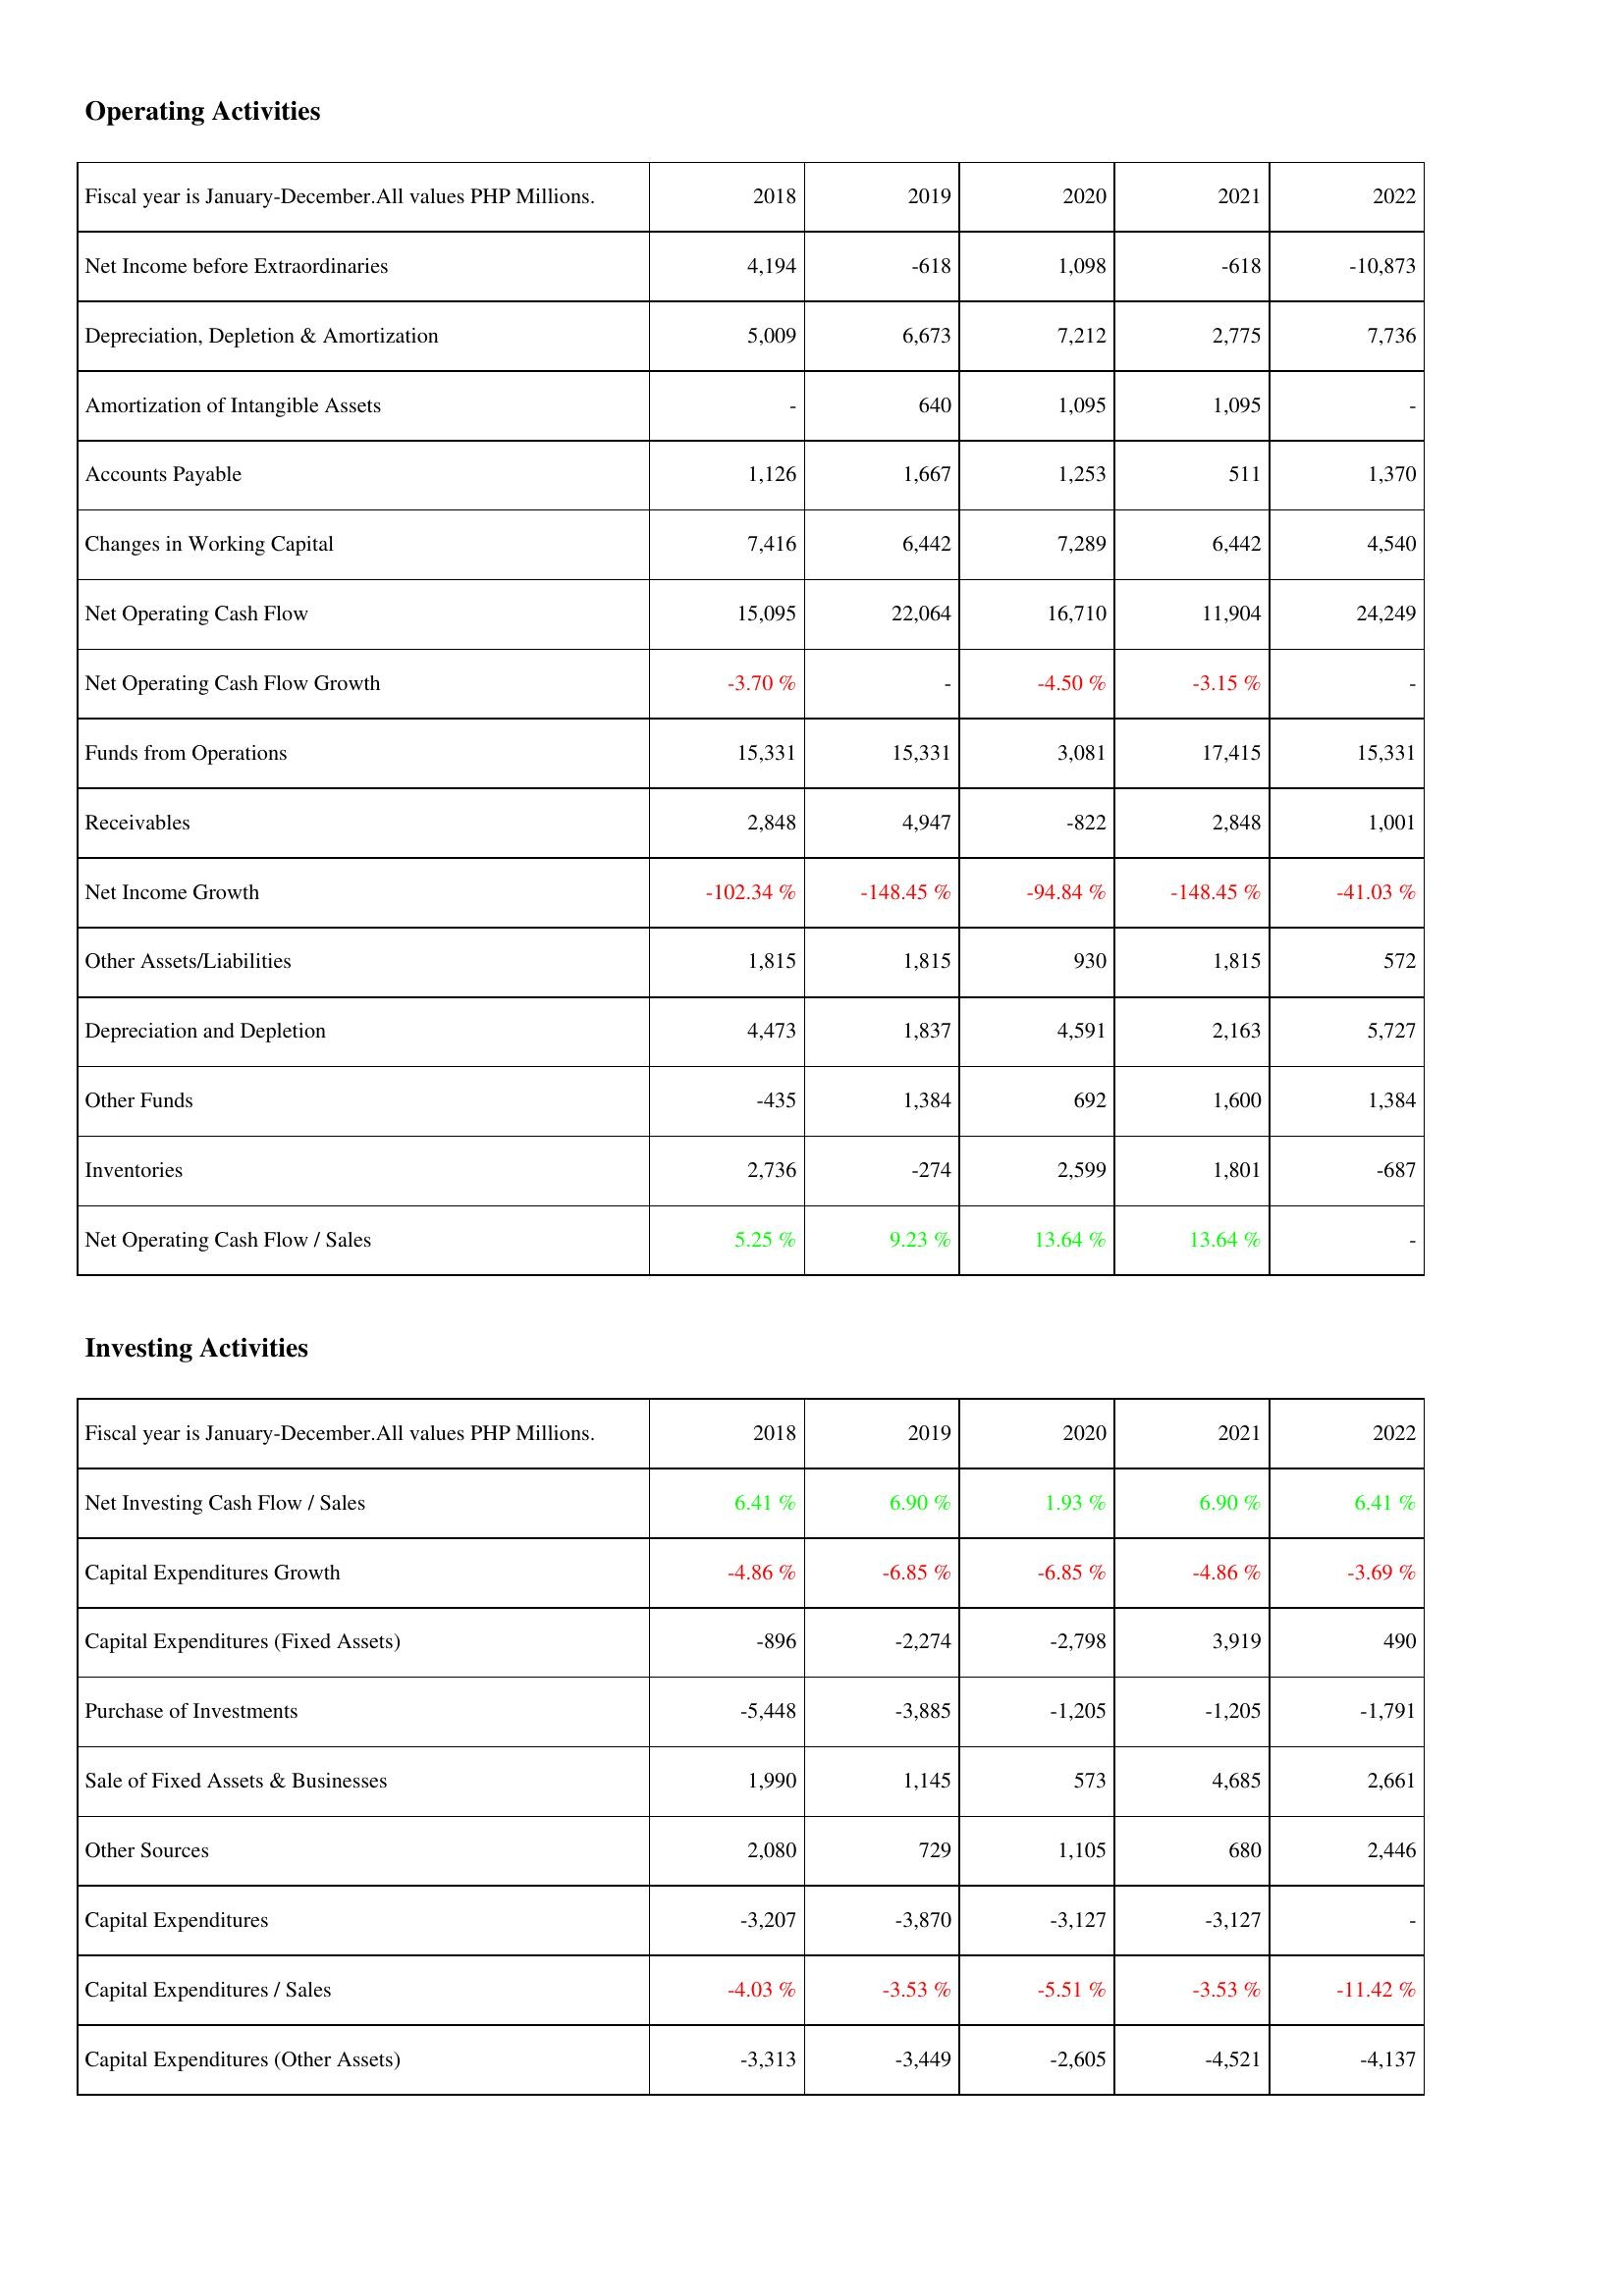
2018: Operating Activities: Net Income before Extraordinaries: 4,194
Depreciation, Depletion & Amortization: 5,009
Amortization of Intangible Assets: -
Accounts Payable: 1,126
Changes in Working Capital: 7,416
Net Operating Cash Flow: 15,095
Net Operating Cash Flow Growth: -3.70 %
Funds from Operations: 15,331
Receivables: 2,848
Net Income Growth: -102.34 %
Other Assets/Liabilities: 1,815
Depreciation and Depletion: 4,473
Other Funds: -435
Inventories: 2,736
Net Operating Cash Flow / Sales: 5.25 %
Investing Activities: Net Investing Cash Flow / Sales: 6.41 %
Capital Expenditures Growth: -4.86 %
Capital Expenditures (Fixed Assets): -896
Purchase of Investments: -5,448
Sale of Fixed Assets & Businesses: 1,990
Other Sources: 2,080
Capital Expenditures: -3,207
Capital Expenditures / Sales: -4.03 %
Capital Expenditures (Other Assets): -3,313
2019: Operating Activities: Net Income before Extraordinaries: -618
Depreciation, Depletion & Amortization: 6,673
Amortization of Intangible Assets: 640
Accounts Payable: 1,667
Changes in Working Capital: 6,442
Net Operating Cash Flow: 22,064
Net Operating Cash Flow Growth: -
Funds from Operations: 15,331
Receivables: 4,947
Net Income Growth: -148.45 %
Other Assets/Liabilities: 1,815
Depreciation and Depletion: 1,837
Other Funds: 1,384
Inventories: -274
Net Operating Cash Flow / Sales: 9.23 %
Investing Activities: Net Investing Cash Flow / Sales: 6.90 %
Capital Expenditures Growth: -6.85 %
Capital Expenditures (Fixed Assets): -2,274
Purchase of Investments: -3,885
Sale of Fixed Assets & Businesses: 1,145
Other Sources: 729
Capital Expenditures: -3,870
Capital Expenditures / Sales: -3.53 %
Capital Expenditures (Other Assets): -3,449
2020: Operating Activities: Net Income before Extraordinaries: 1,098
Depreciation, Depletion & Amortization: 7,212
Amortization of Intangible Assets: 1,095
Accounts Payable: 1,253
Changes in Working Capital: 7,289
Net Operating Cash Flow: 16,710
Net Operating Cash Flow Growth: -4.50 %
Funds from Operations: 3,081
Receivables: -822
Net Income Growth: -94.84 %
Other Assets/Liabilities: 930
Depreciation and Depletion: 4,591
Other Funds: 692
Inventories: 2,599
Net Operating Cash Flow / Sales: 13.64 %
Investing Activities: Net Investing Cash Flow / Sales: 1.93 %
Capital Expenditures Growth: -6.85 %
Capital Expenditures (Fixed Assets): -2,798
Purchase of Investments: -1,205
Sale of Fixed Assets & Businesses: 573
Other Sources: 1,105
Capital Expenditures: -3,127
Capital Expenditures / Sales: -5.51 %
Capital Expenditures (Other Assets): -2,605
2021: Operating Activities: Net Income before Extraordinaries: -618
Depreciation, Depletion & Amortization: 2,775
Amortization of Intangible Assets: 1,095
Accounts Payable: 511
Changes in Working Capital: 6,442
Net Operating Cash Flow: 11,904
Net Operating Cash Flow Growth: -3.15 %
Funds from Operations: 17,415
Receivables: 2,848
Net Income Growth: -148.45 %
Other Assets/Liabilities: 1,815
Depreciation and Depletion: 2,163
Other Funds: 1,600
Inventories: 1,801
Net Operating Cash Flow / Sales: 13.64 %
Investing Activities: Net Investing Cash Flow / Sales: 6.90 %
Capital Expenditures Growth: -4.86 %
Capital Expenditures (Fixed Assets): 3,919
Purchase of Investments: -1,205
Sale of Fixed Assets & Businesses: 4,685
Other Sources: 680
Capital Expenditures: -3,127
Capital Expenditures / Sales: -3.53 %
Capital Expenditures (Other Assets): -4,521
2022: Operating Activities: Net Income before Extraordinaries: -10,873
Depreciation, Depletion & Amortization: 7,736
Amortization of Intangible Assets: -
Accounts Payable: 1,370
Changes in Working Capital: 4,540
Net Operating Cash Flow: 24,249
Net Operating Cash Flow Growth: -
Funds from Operations: 15,331
Receivables: 1,001
Net Income Growth: -41.03 %
Other Assets/Liabilities: 572
Depreciation and Depletion: 5,727
Other Funds: 1,384
Inventories: -687
Net Operating Cash Flow / Sales: -
Investing Activities: Net Investing Cash Flow / Sales: 6.41 %
Capital Expenditures Growth: -3.69 %
Capital Expenditures (Fixed Assets): 490
Purchase of Investments: -1,791
Sale of Fixed Assets & Businesses: 2,661
Other Sources: 2,446
Capital Expenditures: -
Capital Expenditures / Sales: -11.42 %
Capital Expenditures (Other Assets): -4,137